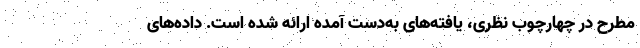
مطرح در چهارچوب نظری، یافته‌های به‌دست آمده ارائه شده است. داده‌های